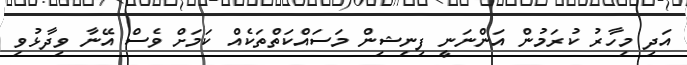
އަދި މިހާރު ކުރަމުން އަންނަނީ ފިނިޝިން މަސައްކަތްތަކެއް ކަމަށް ވެސް އޭނާ ވިދާޅުވި